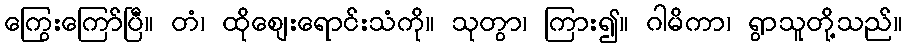
ကြွေးကြော်ပြီ။ တံ၊ ထိုဈေးရောင်းသံကို။ သုတွာ၊ ကြား၍။ ဂါမိကာ၊ ရွာသူတို့သည်။